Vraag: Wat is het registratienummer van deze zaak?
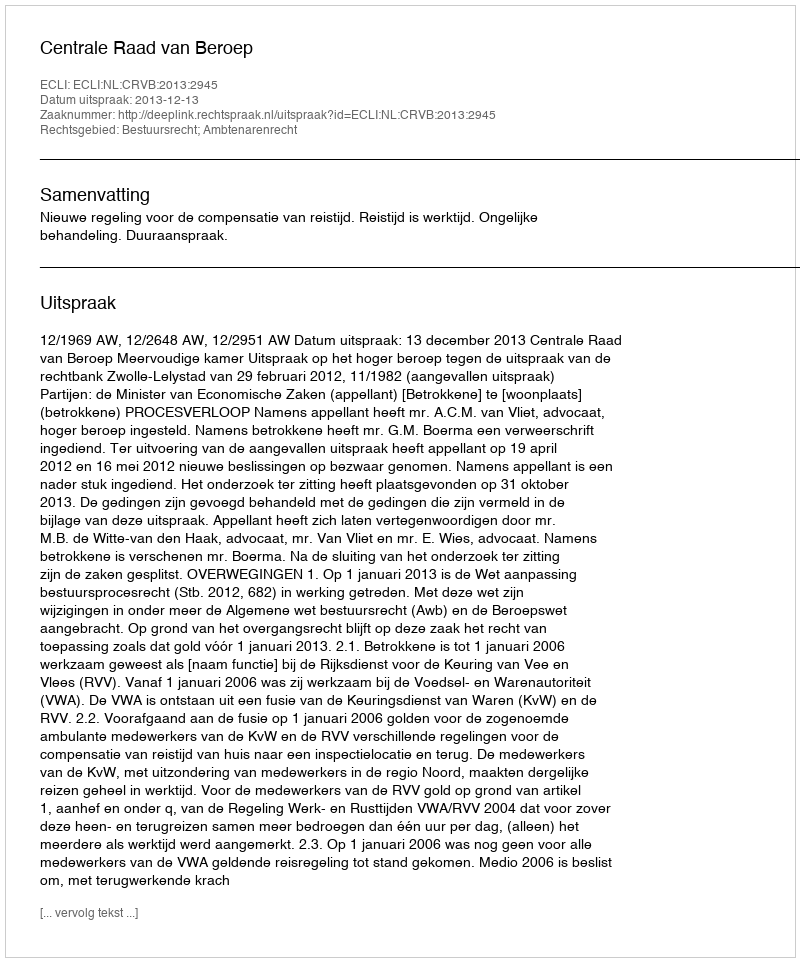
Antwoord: http://deeplink.rechtspraak.nl/uitspraak?id=ECLI:NL:CRVB:2013:2945